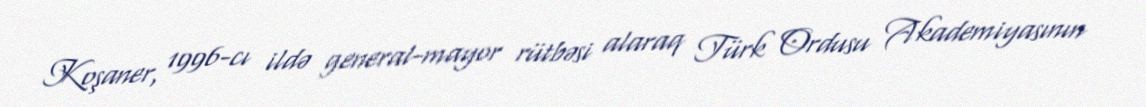
Koşaner, 1996-cı ildə general-mayor rütbəsi alaraq Türk Ordusu Akademiyasının